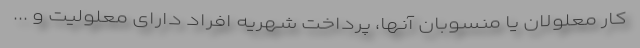
كار معلولان يا منسوبان آنها، پرداخت شهريه افراد داراى معلوليت و ...